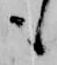
も